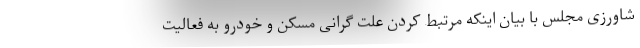
شاورزی مجلس با بیان اینکه مرتبط کردن علت گرانی مسکن و خودرو به فعالیت